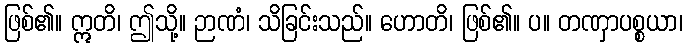
ဖြစ်၏။ ဣတိ၊ ဤသို့။ ဉာဏံ၊ သိခြင်းသည်။ ဟောတိ၊ ဖြစ်၏။ ပ။ တဏှာပစ္စယာ၊